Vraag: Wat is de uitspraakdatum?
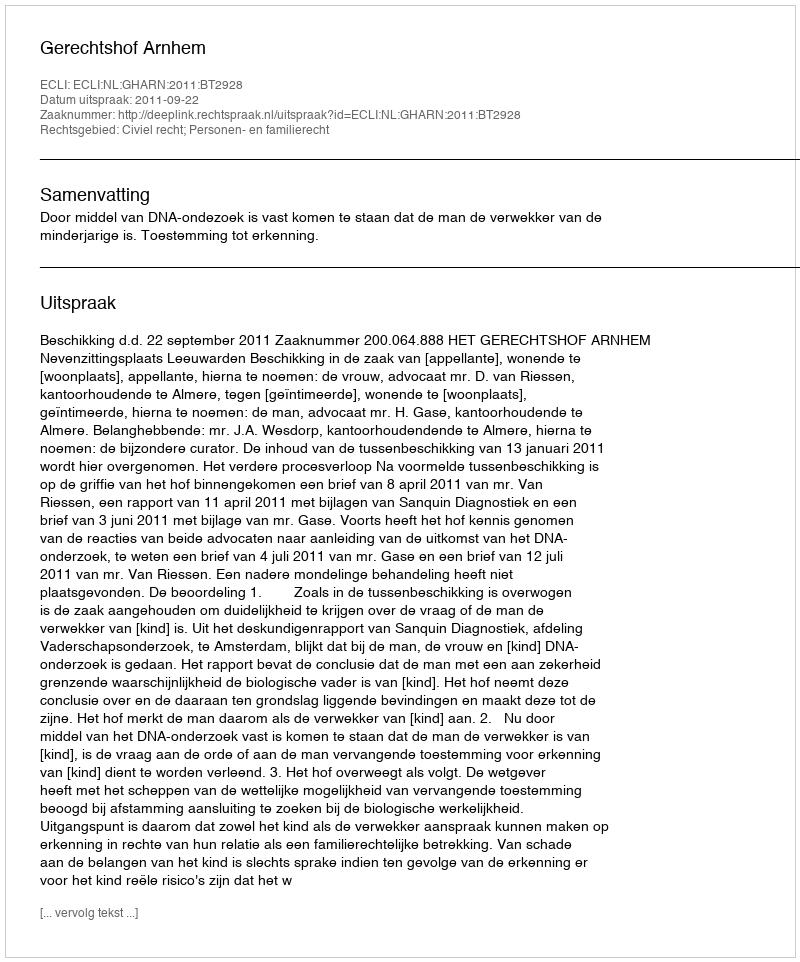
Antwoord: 2011-09-22